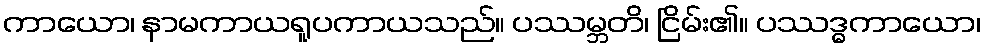
ကာယော၊ နာမကာယရူပကာယသည်။ ပဿမ္ဘတိ၊ ငြိမ်း၏။ ပဿဒ္ဓကာယော၊